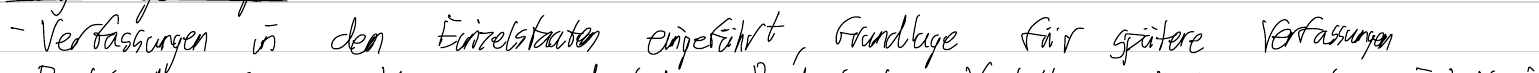
- Verfassungen in den Einzelstaaten eingeführt, Grundlage für spätere Verfassungen